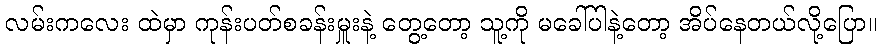
လမ်းကလေး ထဲမှာ ကုန်းပတ်စခန်းမှူးနဲ့ တွေ့တော့ သူ့ကို မခေါ်ပါနဲ့တော့ အိပ်နေတယ်လို့ပြော။